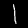
Label: 1